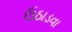
ઉઠાડવા